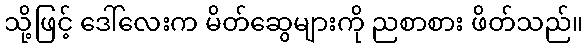
သို့ဖြင့် ဒေါ်လေးက မိတ်ဆွေများကို ညစာစား ဖိတ်သည်။